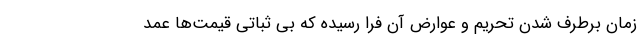
زمان برطرف شدن تحریم و عوارض آن فرا رسیده که بی ثباتی قیمت‌ها عمد